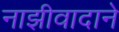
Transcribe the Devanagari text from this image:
नाझीवादाने